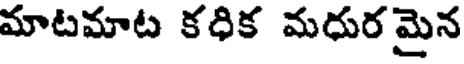
మాటమాట కధిక మధురమైన